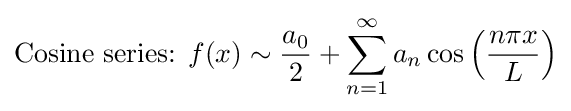
{\text{Cosine series: }}f(x)\sim {\frac {a_{0}}{2}}+\sum _{n=1}^{\infty }a_{n}\cos \left({\frac {n\pi x}{L}}\right)